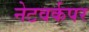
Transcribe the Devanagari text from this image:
नेटवर्कपर